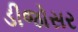
ડીજોસર